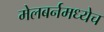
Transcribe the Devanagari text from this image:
मेलबर्नमध्येच